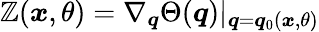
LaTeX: \boldsymbol{\mathbb{Z}}(\boldsymbol{x},\theta)=\nabla_{\boldsymbol{q}}\Theta(\boldsymbol{q})|_{\boldsymbol{q}=\boldsymbol{q}_{0}(\boldsymbol{x},\theta)}